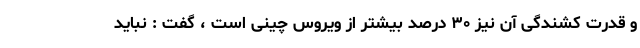
و قدرت کشندگی آن نیز ۳۰ درصد بیشتر از ویروس چینی است ، گفت : نباید